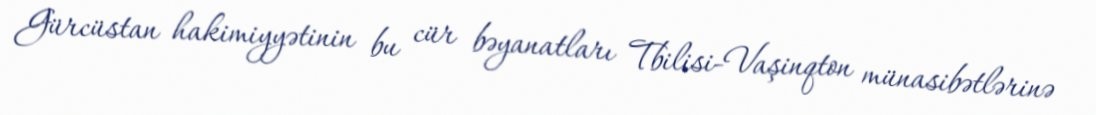
Gürcüstan hakimiyyətinin bu cür bəyanatları Tbilisi-Vaşinqton münasibətlərinə